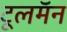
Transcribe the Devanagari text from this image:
टूलमॅन